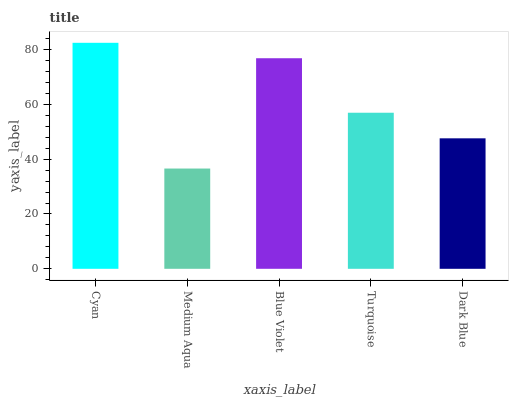
| xaxis_label | bars |
 | --- | --- |
 | Cyan | 82.5 |
 | Medium Aqua | 36.6 |
 | Blue Violet | 76.8 |
 | Turquoise | 56.9 |
 | Dark Blue | 47.6 |